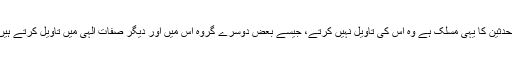
محدثین کا یہی مسلک ہے وہ اس کی تاویل نہیں کرتے، جیسے بعض دوسرے گروہ اس میں اور دیگر صفات الٰہی میں تاویل کرتے ہیں۔